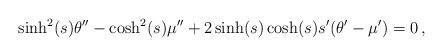
LaTeX: \begin{align*} \sinh^2 ( s ) \theta'' -\cosh^2 ( s ) \mu'' +2\sinh ( s ) \cosh ( s ) s' ( \theta' - \mu' ) =0\,,\end{align*}